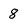
Character: 8